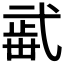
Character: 𣦏